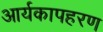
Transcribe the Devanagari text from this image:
आर्यकापहरण